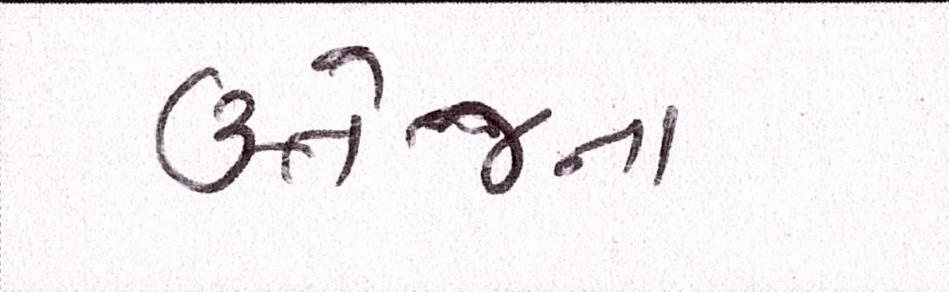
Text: ઉત્તેજના